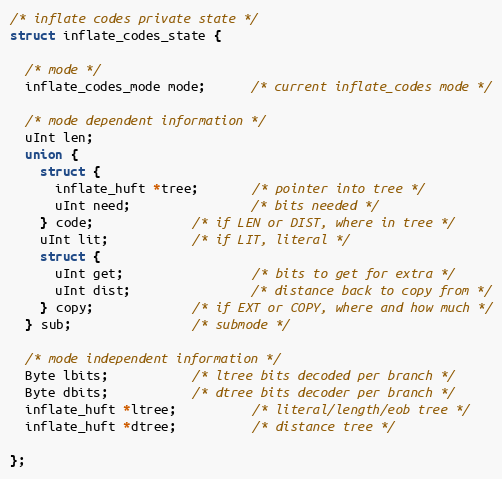
Language: C
/* inflate codes private state */
struct inflate_codes_state {

  /* mode */
  inflate_codes_mode mode;      /* current inflate_codes mode */

  /* mode dependent information */
  uInt len;
  union {
    struct {
      inflate_huft *tree;       /* pointer into tree */
      uInt need;                /* bits needed */
    } code;             /* if LEN or DIST, where in tree */
    uInt lit;           /* if LIT, literal */
    struct {
      uInt get;                 /* bits to get for extra */
      uInt dist;                /* distance back to copy from */
    } copy;             /* if EXT or COPY, where and how much */
  } sub;                /* submode */

  /* mode independent information */
  Byte lbits;           /* ltree bits decoded per branch */
  Byte dbits;           /* dtree bits decoder per branch */
  inflate_huft *ltree;          /* literal/length/eob tree */
  inflate_huft *dtree;          /* distance tree */

};